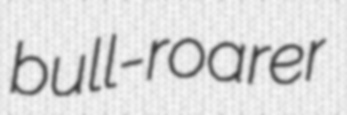
bull-roarer